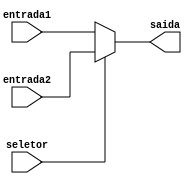
module mux2_5b(seletor, entrada1, entrada2, saida);
	input seletor;
	input [4:0]entrada1, entrada2;
	output reg [4:0]saida;
	
always @(*) begin
	if(seletor == 1'b0)
		saida = entrada1;
	else
		saida = entrada2;
	
end
endmodule